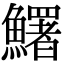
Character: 鱰